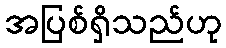
အပြစ်ရှိသည်ဟု